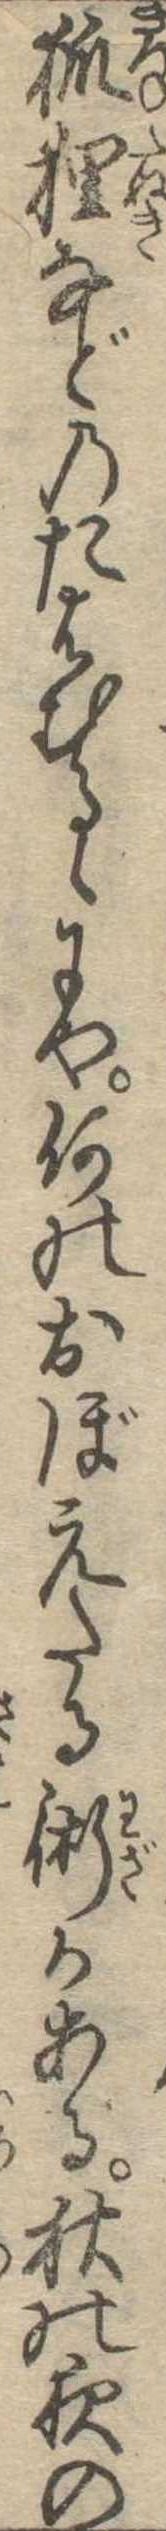
狐狸などのたはむるゝにや何のおぼえたる術かある秋の夜の